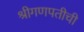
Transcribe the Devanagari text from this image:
श्रीगणपतीची